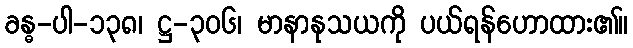
ခန္ဓ-ပါ-၁၃၈၊ ဋ္ဌ-၃၀၆၊ မာနာနုသယကို ပယ်ရန်ဟောထား၏။